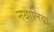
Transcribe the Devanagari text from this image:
नथालिया